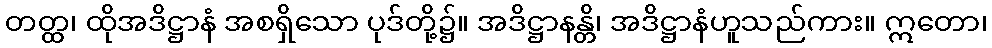
တတ္ထ၊ ထိုအဒိဋ္ဌာနံ အစရှိသော ပုဒ်တို့၌။ အဒိဋ္ဌာနန္တိ၊ အဒိဋ္ဌာနံဟူသည်ကား။ ဣတော၊